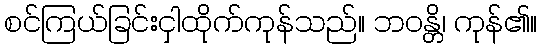
စင်ကြယ်ခြင်းငှါထိုက်ကုန်သည်။ ဘဝန္တိ၊ ကုန်၏။